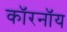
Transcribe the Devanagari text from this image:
कॉरनॉय